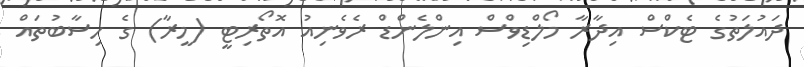
ދައުލަތުގެ ޓެކްސް އިދާރާ މޯލްޑިވްސް އިންލެންޑް ރެވެނިއު އޮތޯރިޓީ (މީރާ) ގެ ހިސާބުތައް